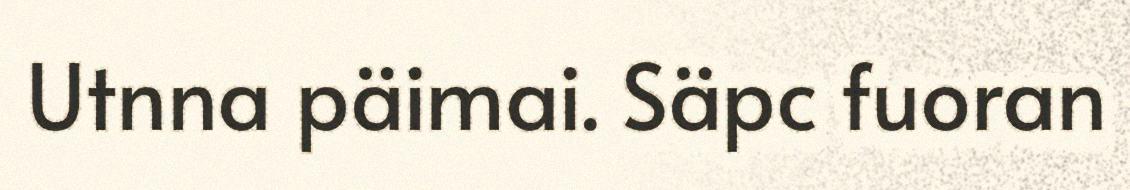
Utnna päimai. Säpc fuoran